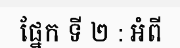
ផ្នែក ទី ២ : អំពី